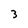
Character: 3